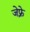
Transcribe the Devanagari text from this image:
जेफ़्रे